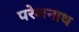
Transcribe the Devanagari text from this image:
परेशनाथ